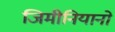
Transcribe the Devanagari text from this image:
जिमीनियानो